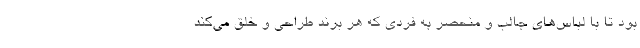
بود تا با لباس‌های جالب و منحصر به فردی که هر برند طراحی و خلق می‌کند